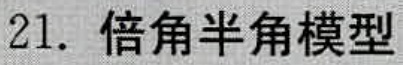
21. 倍角半角模型